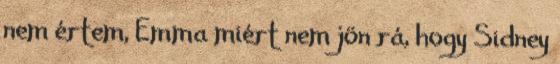
nem értem, Emma miért nem jön rá, hogy Sidney